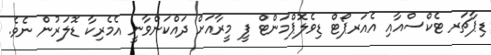
ޑިޕާޗަރ ޓެކްސްއާއި އެއަރޕޯޓް ޑިވެލޮޕްމަންޓް ފީ މީރާއަށް ދައްކަންވާނީ އެމެރިކާ ޑޮލަރުން ނެވެ.